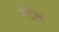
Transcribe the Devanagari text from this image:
स्‍टेन